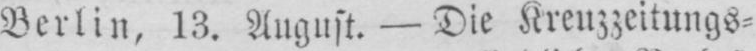
Berlin, 13. August. - Die Kreuzzeitungs⸗